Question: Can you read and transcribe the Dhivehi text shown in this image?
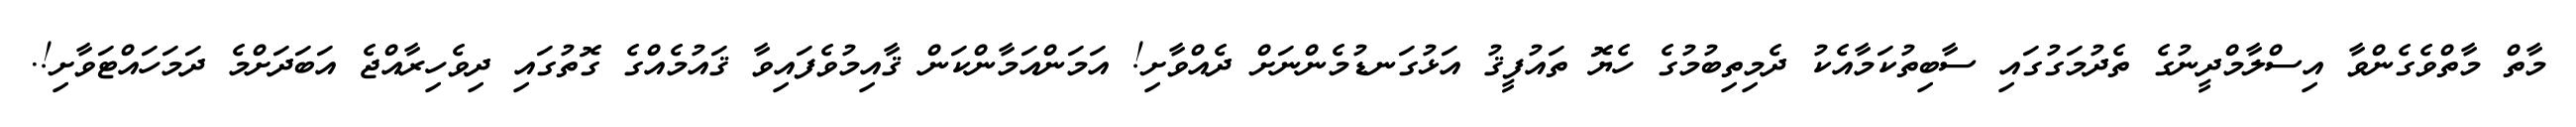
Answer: މާތް މާތްވެގެންވާ އިސްލާމްދީނުގެ ތެދުމަގުގައި ސާބިތުކަމާއެކު ދެމިތިބުމުގެ ހެޔޮ ތައުފީޤު އަޅުގަނޑުމެންނަށް ދެއްވާށި! އަމަންއަމާންކަން ޤާއިމުވެފައިވާ ޤައުމެއްގެ ގޮތުގައި ދިވެހިރާއްޖެ އަބަދަށްމެ ދަމަހައްޓަވާށި!.